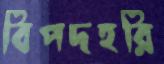
বিপদহরি